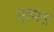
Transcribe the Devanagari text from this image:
एल्मस